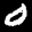
Label: 0